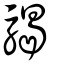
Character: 騔